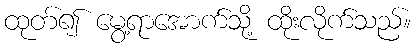
ထုတ်၍ မွေ့ရာအောက်သို့ ထိုးလိုက်သည်။